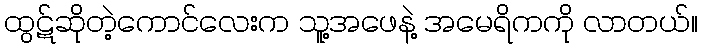
ထွဋ်ဆိုတဲ့ကောင်လေးက သူ့အဖေနဲ့ အမေရိကကို လာတယ်။